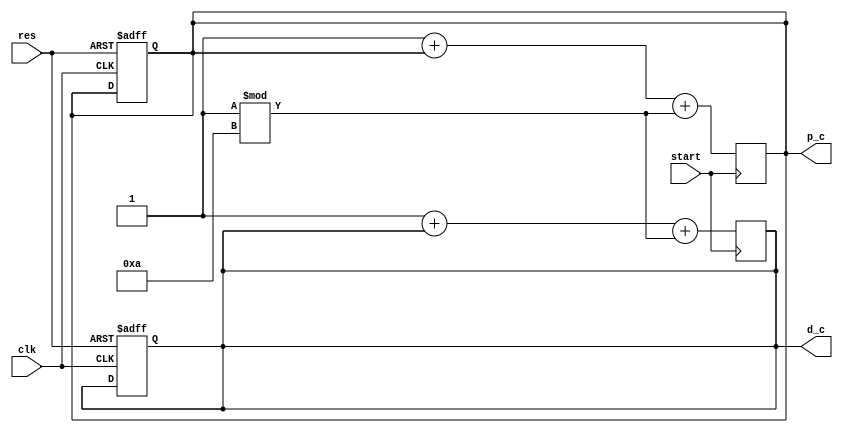
module debug(clk,res,p_c,d_c,start);
input clk,res,start;
output [32:0]p_c,d_c;
reg [32:0] p_c,d_c;
always @(posedge clk or posedge res)begin
  if(res==1)begin
  p_c<=0;
  d_c<=0;
  end
end
always@(posedge start)begin
      p_c=1+p_c+{$random}%10;
      d_c=1+d_c+{$random}%10;
end
endmodule